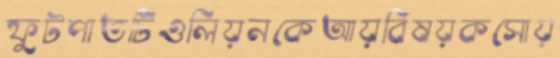
ফুটপাতটিওলিয়নকেআয়বিষয়কসোয়